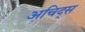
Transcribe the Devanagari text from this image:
अचिद्स